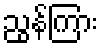
ညွန်ကြား